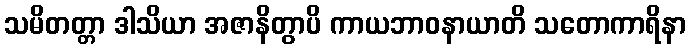
သမိတတ္တာ ဒါသိယာ အဇာနိတွာပိ ကာယဘာဝနာယာတိ သတောကာရိနာ